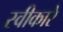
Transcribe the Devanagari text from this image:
स्‍वीकारे